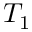
T _ { 1 }